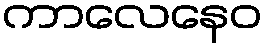
ကာလေနေဝ